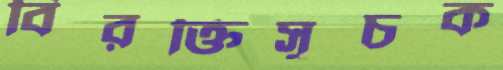
বিরক্তিসূচক